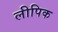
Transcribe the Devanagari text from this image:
लीपिक